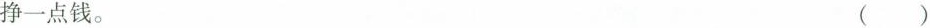
挣一点钱。 ()